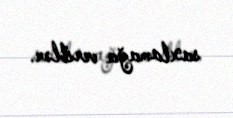
saxlamağa veriblər.